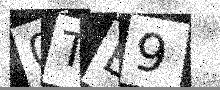
Text: 0TB9